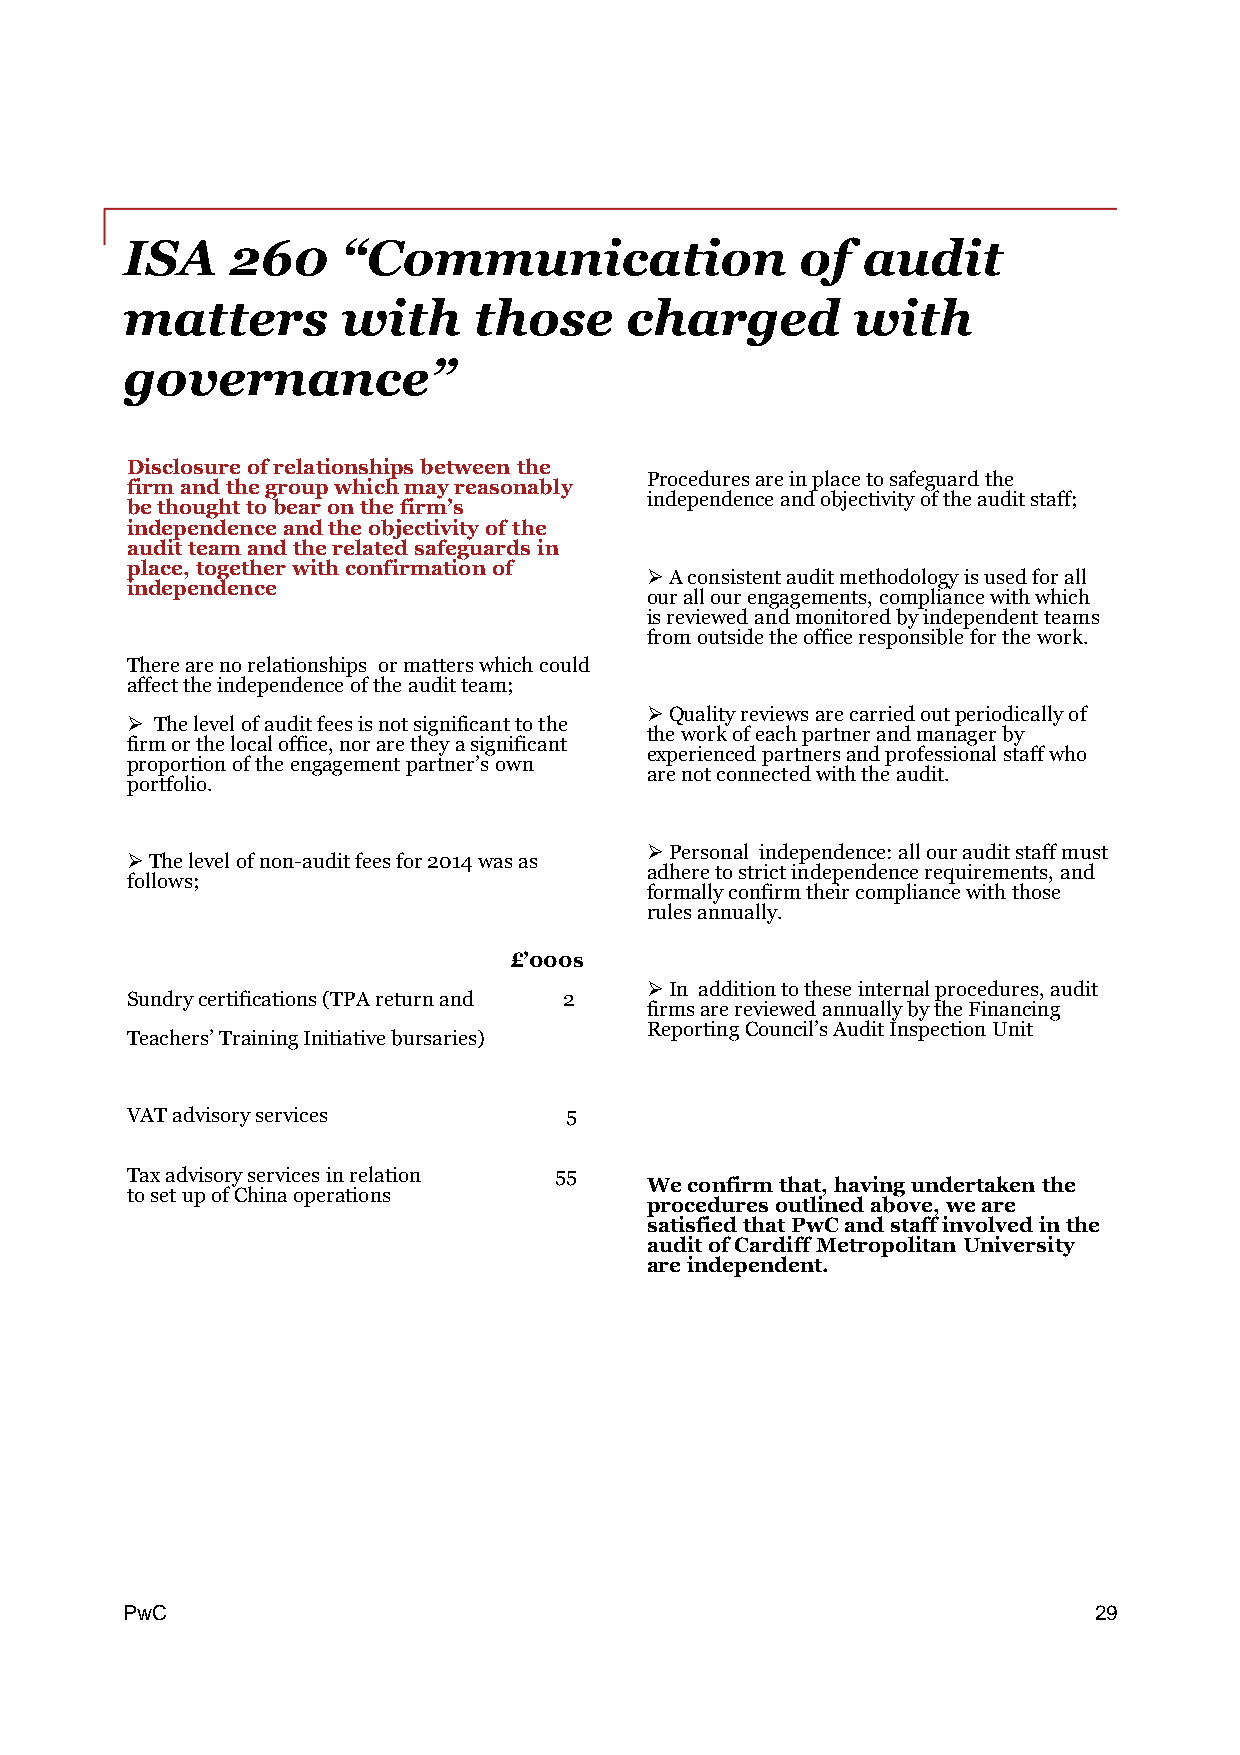
ISA    260     “Communication                of  audit
 matters        with    those     charged        with
 governance”
 Disclosureofrelationships betweenthe
 Proceduresareinplacetosafeguardthe
 firmandthegroupwhichmayreasonably
 independenceandobjectivityoftheauditstaff;
 bethoughttobearonthefirm’s
 independence andtheobjectivityofthe
 auditteamandtherelatedsafeguardsin
 place,togetherwithconfirmationof
 Aconsistentauditmethodologyisusedforall
 independence
 ourallourengagements,compliancewithwhich
 isreviewedandmonitoredbyindependentteams
 fromoutsidetheofficeresponsibleforthework.
 Therearenorelationships ormatterswhichcould
 affecttheindependenceoftheauditteam;
 Qualityreviewsarecarriedoutperiodicallyof
  Thelevelofauditfeesisnotsignificanttothe
 theworkofeachpartnerandmanagerby
 firmorthelocaloffice,noraretheyasignificant
 experiencedpartnersandprofessionalstaffwho
 proportionoftheengagementpartner’sown
 arenotconnectedwiththeaudit.
 portfolio.
 Personal independence:allourauditstaffmust
 Thelevelofnon-auditfeesfor2014wasas
 adheretostrictindependencerequirements,and
 follows;
 formallyconfirmtheircompliancewiththose
 rulesannually.
 £’000s
 In additiontotheseinternalprocedures,audit
 Sundrycertifications(TPAreturnand 2
 firmsarereviewedannuallybytheFinancing
 ReportingCouncil’sAuditInspectionUnit
 Teachers’TrainingInitiativebursaries)
 VATadvisoryservices          5
 Taxadvisoryservicesinrelation 55
 Weconfirmthat,havingundertaken the
 tosetupofChinaoperations
 procedures outlinedabove,weare
 satisfiedthatPwCandstaffinvolvedinthe
 auditofCardiffMetropolitan University
 areindependent.
 PPwwCC                                                          29